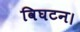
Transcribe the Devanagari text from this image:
विघटन।